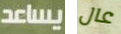
يساعد عال